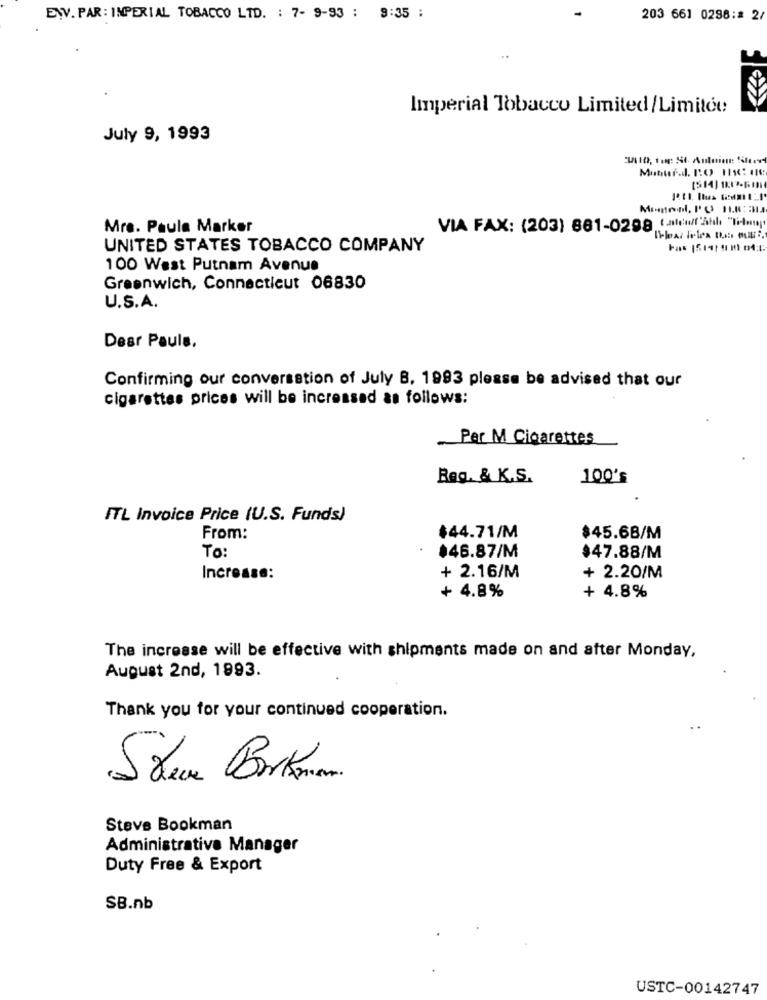
E.V. PAR : IMPERIAL TOBACCO LTD. : 7- 9-93 : 9:35 :
203 661 0298:# 2/
Imperial Tobacco Limited/Limitée
July 9, 1993
Muburddl. R.O 1: 1
Mra. Paula Marker
VIA FAX: (203) 661-0298 Latewahl "Tilmy
UNITED STATES TOBACCO COMPANY
100 Wast Putnam Avenue
Greenwich, Connecticut 06830
U.S.A.
Dear Pauls.
Confirming our conversation of July B. 1993 please be advised that our
cigarettes prices will be increased as follows:
Per M Cigarettes
Reg. & K.S.
100's
ITL Invoice Price (U.S. Funds)
From:
$44.71/M
$45.68/M
To:
$46.87/M
$47.88/M
Increase:
+ 2.16/M
+ 2.20/M
+ 4.8%
+ 4.8%
The increase will be effective with shipments made on and after Monday,
August 2nd, 1993.
Thank you for your continued cooperation.
Steve Bookman
Administrative Manager
Duty Free & Export
SB.nb
USTC-00142747